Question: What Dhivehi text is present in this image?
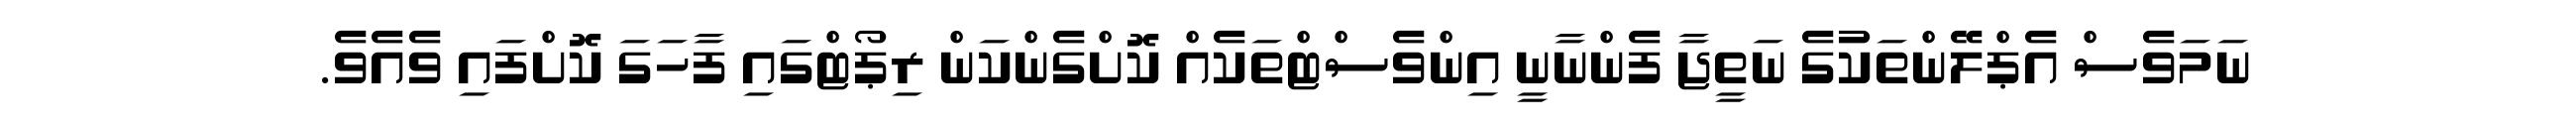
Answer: ނަމަވެސް އެޕްލޭންތަކުގެ ނަތީޖާ ފެންނާނީ އިންވެސްޓްތަކެއް ކޮށްގެންކަން ރިޕޯޓްގައި ފާހަގަ ކޮށްފައި ވެއެވެ.